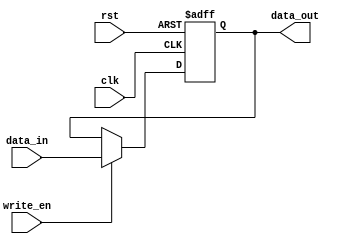
//=========================================================================
// Name & Email must be EXACTLY as in Gradescope roster!
// Name: Alex Nguyen Chandler Bottomley
// 
// Assignment name: 
// Lab section: 
// TA: 
// 
// I hereby certify that I have not received assistance on this assignment,
// or used code, from ANY outside source other than the instruction team
// (apart from what was provided in the starter file).
//
//=========================================================================

`timescale 1ns / 1ps

module gen_register (clk, rst, write_en, data_in, data_out);

parameter WORD_SIZE = 32 ; 

input wire clk , rst, write_en ;
input wire [WORD_SIZE-1:0] data_in ; 
output reg [WORD_SIZE-1:0] data_out; 

always @(posedge rst or posedge clk )
begin 

	if (rst)  begin 
		data_out <= { WORD_SIZE {1'b0} };
	end 
	else if (clk) begin
	
		if ( write_en )  begin 
			data_out  <= data_in ; 
		end 		
	end 

end 

endmodule